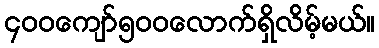
၄၀၀ကျော်၅၀၀လောက်ရှိလိမ့်မယ်။